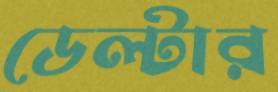
ডেল্টার